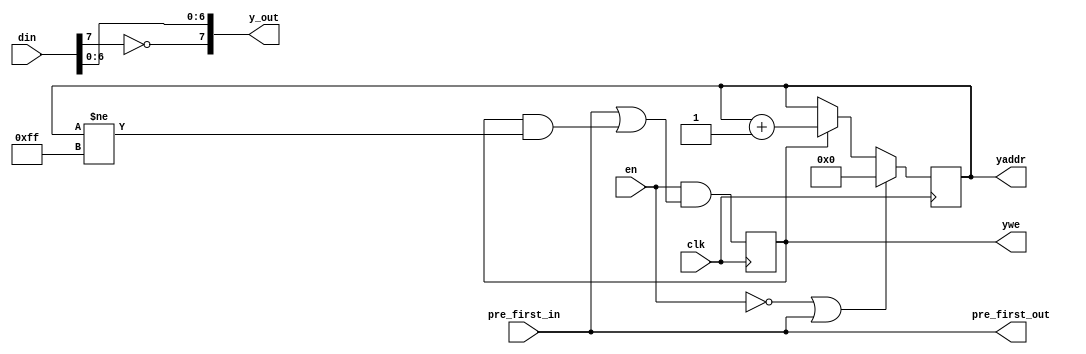
/*
** -----------------------------------------------------------------------------**
** csconvert_mono.v
**
** Monochrome and JP4 modules inplace of color converter ones
**
** Copyright (C) 2008 Elphel, Inc
**
** -----------------------------------------------------------------------------**
**  This file is part of X353
**  X333 is free software - hardware description language (HDL) code.
** 
**  This program is free software: you can redistribute it and/or modify
**  it under the terms of the GNU General Public License as published by
**  the Free Software Foundation, either version 3 of the License, or
**  (at your option) any later version.
**
**  This program is distributed in the hope that it will be useful,
**  but WITHOUT ANY WARRANTY; without even the implied warranty of
**  MERCHANTABILITY or FITNESS FOR A PARTICULAR PURPOSE.  See the
**  GNU General Public License for more details.
**
**  You should have received a copy of the GNU General Public License
**  along with this program.  If not, see <http://www.gnu.org/licenses/>.
** -----------------------------------------------------------------------------**
**
*/
module csconvert_mono (en,
                       clk,
                       din,
                       pre_first_in,
                       y_out,
                       yaddr,
                       ywe,
                       pre_first_out);

    input        en;
    input        clk;			// clock
    input  [7:0] din; // input data in scanline sequence
    input        pre_first_in;      // marks the first input pixel
    output [7:0] y_out;  // output Y (16x16) in scanline sequence. Valid if ys active
    output [7:0] yaddr; // address for the external buffer memory to write 16x16x8bit Y data
    output       ywe;	 // wrire enable of Y data
    output       pre_first_out;

    wire         pre_first_out= pre_first_in;
//    wire   [7:0] y_out=         din[7:0];
    wire   [7:0] y_out=         {~din[7],din[6:0]};
    reg    [7:0] yaddr;
    reg          ywe;

    always @ (posedge clk) begin
      ywe <= en & (pre_first_in || (ywe && (yaddr[7:0] !=8'hff)));
      if (!en || pre_first_in) yaddr[7:0] <= 8'h0;
      else if (ywe)            yaddr[7:0] <= yaddr[7:0] + 1;
    end

endmodule

module csconvert_jp4  (en,
                       clk,
                       din,
                       pre_first_in,
                       y_out,
                       yaddr,
                       ywe,
                       pre_first_out);

    input        en;
    input        clk;         // clock
    input  [7:0] din; // input data in scanline sequence
    input        pre_first_in;      // marks the first input pixel
    output [7:0] y_out;  // output Y (16x16) in scanline sequence. Valid if ys active
    output [7:0] yaddr; // address for the external buffer memory to write 16x16x8bit Y data
    output       ywe;    // wrire enable of Y data
    output       pre_first_out;

    wire         pre_first_out= pre_first_in;
//    wire   [7:0] y_out=         din[7:0];
    wire   [7:0] y_out=         {~din[7],din[6:0]};
    reg    [7:0] yaddr_cntr;
    reg          ywe;
    wire   [7:0] yaddr= {yaddr_cntr[4],yaddr_cntr[7:5],yaddr_cntr[0],yaddr_cntr[3:1]};
    always @ (posedge clk) begin
      ywe <= en & (pre_first_in || (ywe && (yaddr[7:0] !=8'hff)));
      if (!en || pre_first_in) yaddr_cntr[7:0] <= 8'h0;
      else if (ywe)            yaddr_cntr[7:0] <= yaddr_cntr[7:0] + 1;
    end

endmodule

module csconvert_jp4diff  (en,
                           clk,
                           scale_diff,     // divide differences by 2 (to fit in 8-bit range)
                           hdr,            // second green absolute, not difference
                           din,
                           pre_first_in,
                           y_out,
                           yaddr,
                           ywe,
                           pre_first_out,
                           bayer_phase);
// synthesis attribute shreg_extract of csconvert_jp4diff is yes;

    input        en;
    input        clk;         // clock
    input        scale_diff;
    input        hdr;
    input  [7:0] din; // input data in scanline sequence
    input        pre_first_in;      // marks the first input pixel
    output [8:0] y_out;  // output Y (16x16) in scanline sequence. Valid if ys active
    output [7:0] yaddr; // address for the external buffer memory to write 16x16x8bit Y data
    output       ywe;    // wrire enable of Y data
    output       pre_first_out;
    input  [1:0] bayer_phase; // selected pixel will be absolute, others - difference

    reg          pre_first_out;
    reg    [2:0] pre2_first_out;
    reg    [8:0] y_out;
    reg    [8:0] pre_y_out;
    reg    [7:0] yaddr_cntr;
    reg    [7:0] pre_yaddr_cntr;
    reg    [7:0] pre2_yaddr_cntr;
//    reg    [7:0] icntr;
    reg          ywe;
    reg    [2:0] pre_ywe;
    reg    [7:0] yaddr;
//    reg    [4:0] out_dly;
    reg          dly_1;
    reg   [14:0] dly_16;
    reg          dly_17;
//    wire         start_out=bayer_phase[1]?(bayer_phase[0]?dly_17:dly_16):(bayer_phase[0]?dly_1:pre_first_in);
///AF2015 - What was supposed to be here for "dly_16" (15 bits, expected 1) - any non-zero or [14]? 
//    wire         start_out=bayer_phase[1]?(bayer_phase[0]?dly_17: (|dly_16)):(bayer_phase[0]?dly_1:pre_first_in);
    wire         start_out=bayer_phase[1]?(bayer_phase[0]?dly_17: dly_16[14]):(bayer_phase[0]?dly_1:pre_first_in);
    reg    [7:0] iadr;
    reg          iadr_run;
    reg    [1:0] mux_plus_sel;
    reg    [2:0] mux_minus_sel;
    reg          hdr_bit;
    reg    [1:0] scale_color;
    reg    [1:0] is_color;
 
    reg    [7:0] mux_plus;
    reg    [7:0] mux_minus;
    reg    [7:0] dd0;
    reg    [7:0] dd1;
    wire   [7:0] dd16;
    reg    [7:0] dd17;
    reg   [14:0] ddsr0,ddsr1,ddsr2,ddsr3,ddsr4,ddsr5,ddsr6,ddsr7; 
    wire   [8:0] scaled_pre_y_out= (scale_color[1])? +{pre_y_out[8],pre_y_out[8:1]}: pre_y_out[8:0];
    assign dd16[7:0]={ddsr7[14],ddsr6[14],ddsr5[14],ddsr4[14],ddsr3[14],ddsr2[14],ddsr1[14],ddsr0[14]};
    always @ (posedge clk) begin
      dly_1  <= pre_first_in;
      dly_17 <= dly_16[14];
      dly_16[14:0] <= {dly_16[13:0],dly_1};

      pre2_first_out[2:0]<= {pre2_first_out[1:0], start_out};
      pre_first_out<= pre2_first_out[2];

      iadr_run <= en & (start_out || (iadr_run && (iadr[7:0]!=8'hff)));
      pre_ywe[2:0] <= {pre_ywe[1:0],iadr_run};
      ywe <= pre_ywe[2];

      if      (!en || start_out)  iadr[7:0] <= 8'h0;
      else if (iadr_run)          iadr[7:0] <= iadr[7:0] + 1;
      pre2_yaddr_cntr[7:0] <= iadr[7:0];
      pre_yaddr_cntr [7:0] <= pre2_yaddr_cntr[7:0];
      yaddr_cntr[7:0]           <= pre_yaddr_cntr[7:0];
      yaddr[7:0] <= {yaddr_cntr[4],yaddr_cntr[7:5],yaddr_cntr[0],yaddr_cntr[3:1]};


      case ({bayer_phase[1:0],iadr[4],iadr[0]} )
       4'b0000: begin mux_plus_sel <= 2'h0; mux_minus_sel <= 3'h4; hdr_bit <=1'h0; end
       4'b0001: begin mux_plus_sel <= 2'h0; mux_minus_sel <= 3'h1; hdr_bit <=1'h0; end
       4'b0010: begin mux_plus_sel <= 2'h0; mux_minus_sel <= 3'h2; hdr_bit <=1'h0; end
       4'b0011: begin mux_plus_sel <= 2'h0; mux_minus_sel <= 3'h3; hdr_bit <=1'h1; end
       4'b0100: begin mux_plus_sel <= 2'h1; mux_minus_sel <= 3'h0; hdr_bit <=1'h0; end
       4'b0101: begin mux_plus_sel <= 2'h1; mux_minus_sel <= 3'h4; hdr_bit <=1'h0; end
       4'b0110: begin mux_plus_sel <= 2'h1; mux_minus_sel <= 3'h2; hdr_bit <=1'h1; end
       4'b0111: begin mux_plus_sel <= 2'h1; mux_minus_sel <= 3'h3; hdr_bit <=1'h0; end
       4'b1000: begin mux_plus_sel <= 2'h2; mux_minus_sel <= 3'h0; hdr_bit <=1'h0; end
       4'b1001: begin mux_plus_sel <= 2'h2; mux_minus_sel <= 3'h1; hdr_bit <=1'h1; end
       4'b1010: begin mux_plus_sel <= 2'h2; mux_minus_sel <= 3'h4; hdr_bit <=1'h0; end
       4'b1011: begin mux_plus_sel <= 2'h2; mux_minus_sel <= 3'h3; hdr_bit <=1'h0; end
       4'b1100: begin mux_plus_sel <= 2'h3; mux_minus_sel <= 3'h0; hdr_bit <=1'h1; end
       4'b1101: begin mux_plus_sel <= 2'h3; mux_minus_sel <= 3'h1; hdr_bit <=1'h0; end
       4'b1110: begin mux_plus_sel <= 2'h3; mux_minus_sel <= 3'h2; hdr_bit <=1'h0; end
       4'b1111: begin mux_plus_sel <= 2'h3; mux_minus_sel <= 3'h4; hdr_bit <=1'h0; end
      endcase
/*
      if (pre_ywe[0]) case (mux_plus_sel[1:0]) 
       2'h0:   mux_plus[7:0] <= dd17[7:0];
       2'h1:   mux_plus[7:0] <= dd16[7:0];
       2'h2:   mux_plus[7:0] <= dd1 [7:0];
       2'h3:   mux_plus[7:0] <= dd0 [7:0];
      endcase
      if (pre_ywe[0]) casex ({mux_minus_sel[2] | (hdr_bit & hdr), mux_minus_sel[1:0]}) 
       3'h0:   mux_minus[7:0] <= dd17[7:0];
       3'h1:   mux_minus[7:0] <= dd16[7:0];
       3'h2:   mux_minus[7:0] <= dd1 [7:0];
       3'h3:   mux_minus[7:0] <= dd0 [7:0];
       3'b1xx: mux_minus[7:0] <= 8'h0;
      endcase
*/
      if (pre_ywe[0]) case (mux_plus_sel[1:0]) 
       2'h0:   mux_plus[7:0] <= dd0 [7:0];
       2'h1:   mux_plus[7:0] <= dd1 [7:0];
       2'h2:   mux_plus[7:0] <= dd16[7:0];
       2'h3:   mux_plus[7:0] <= dd17[7:0];
      endcase
      if (pre_ywe[0]) casex ({mux_minus_sel[2] | (hdr_bit & hdr), mux_minus_sel[1:0]}) 
       3'h0:   mux_minus[7:0] <= dd0 [7:0];
       3'h1:   mux_minus[7:0] <= dd1 [7:0];
       3'h2:   mux_minus[7:0] <= dd16[7:0];
       3'h3:   mux_minus[7:0] <= dd17[7:0];
       3'b1xx: mux_minus[7:0] <= 8'h0;
      endcase

      is_color[1:0] <= {is_color[0], ~(mux_minus_sel[2] | (hdr_bit & hdr))}; // 1 for color components (diffs) ([0] valid at pre_ywe[1])
      scale_color[1:0] <= {scale_color[0], ~(mux_minus_sel[2] | (hdr_bit & hdr)) & scale_diff}; // 1 for color components (diffs) ([0] valid at pre_ywe[1])
      if (pre_ywe[1]) pre_y_out[8:0] <= {1'b0,mux_plus[7:0]} - {1'b0,mux_minus[7:0]};
//      if (scaled_pre_y_out[8]==scaled_pre_y_out[7]) y_out[7:0] <= (scaled_pre_y_out[7:0]^ 8'h80); // limit differences by 0/ff
//      else                                          y_out[7:0] <=  scaled_pre_y_out[8]?8'h0:8'hff;
      y_out[8:0] <=  scaled_pre_y_out[8:0] - {1'h0, ~is_color[1],7'h0}; // subtract 0x80 from Y components (make them -128+127)
      dd0[7:0] <= din [7:0];
      dd1[7:0] <= dd0 [7:0];
      ddsr0[14:0] <= {ddsr0[13:0],dd1[0]};
      ddsr1[14:0] <= {ddsr1[13:0],dd1[1]};
      ddsr2[14:0] <= {ddsr2[13:0],dd1[2]};
      ddsr3[14:0] <= {ddsr3[13:0],dd1[3]};
      ddsr4[14:0] <= {ddsr4[13:0],dd1[4]};
      ddsr5[14:0] <= {ddsr5[13:0],dd1[5]};
      ddsr6[14:0] <= {ddsr6[13:0],dd1[6]};
      ddsr7[14:0] <= {ddsr7[13:0],dd1[7]};
      dd17[7:0] <= dd16 [7:0];
    end
endmodule